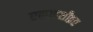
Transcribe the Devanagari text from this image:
एकादशीव्रत